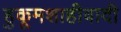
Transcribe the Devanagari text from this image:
हुकूमशाहीवादी